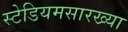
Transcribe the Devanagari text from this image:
स्टेडियमसारख्या